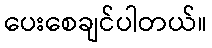
ပေးစေချင်ပါတယ်။